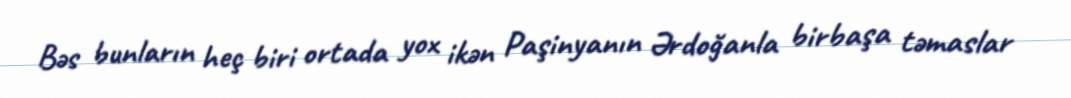
Bəs bunların heç biri ortada yox ikən Paşinyanın Ərdoğanla birbaşa təmaslar